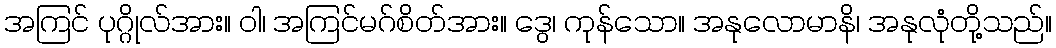
အကြင် ပုဂ္ဂိုလ်အား။ ဝါ၊ အကြင်မဂ်စိတ်အား။ ဒွေ၊ ကုန်သော။ အနုလောမာနိ၊ အနုလုံတို့သည်။